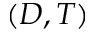
( D , T )